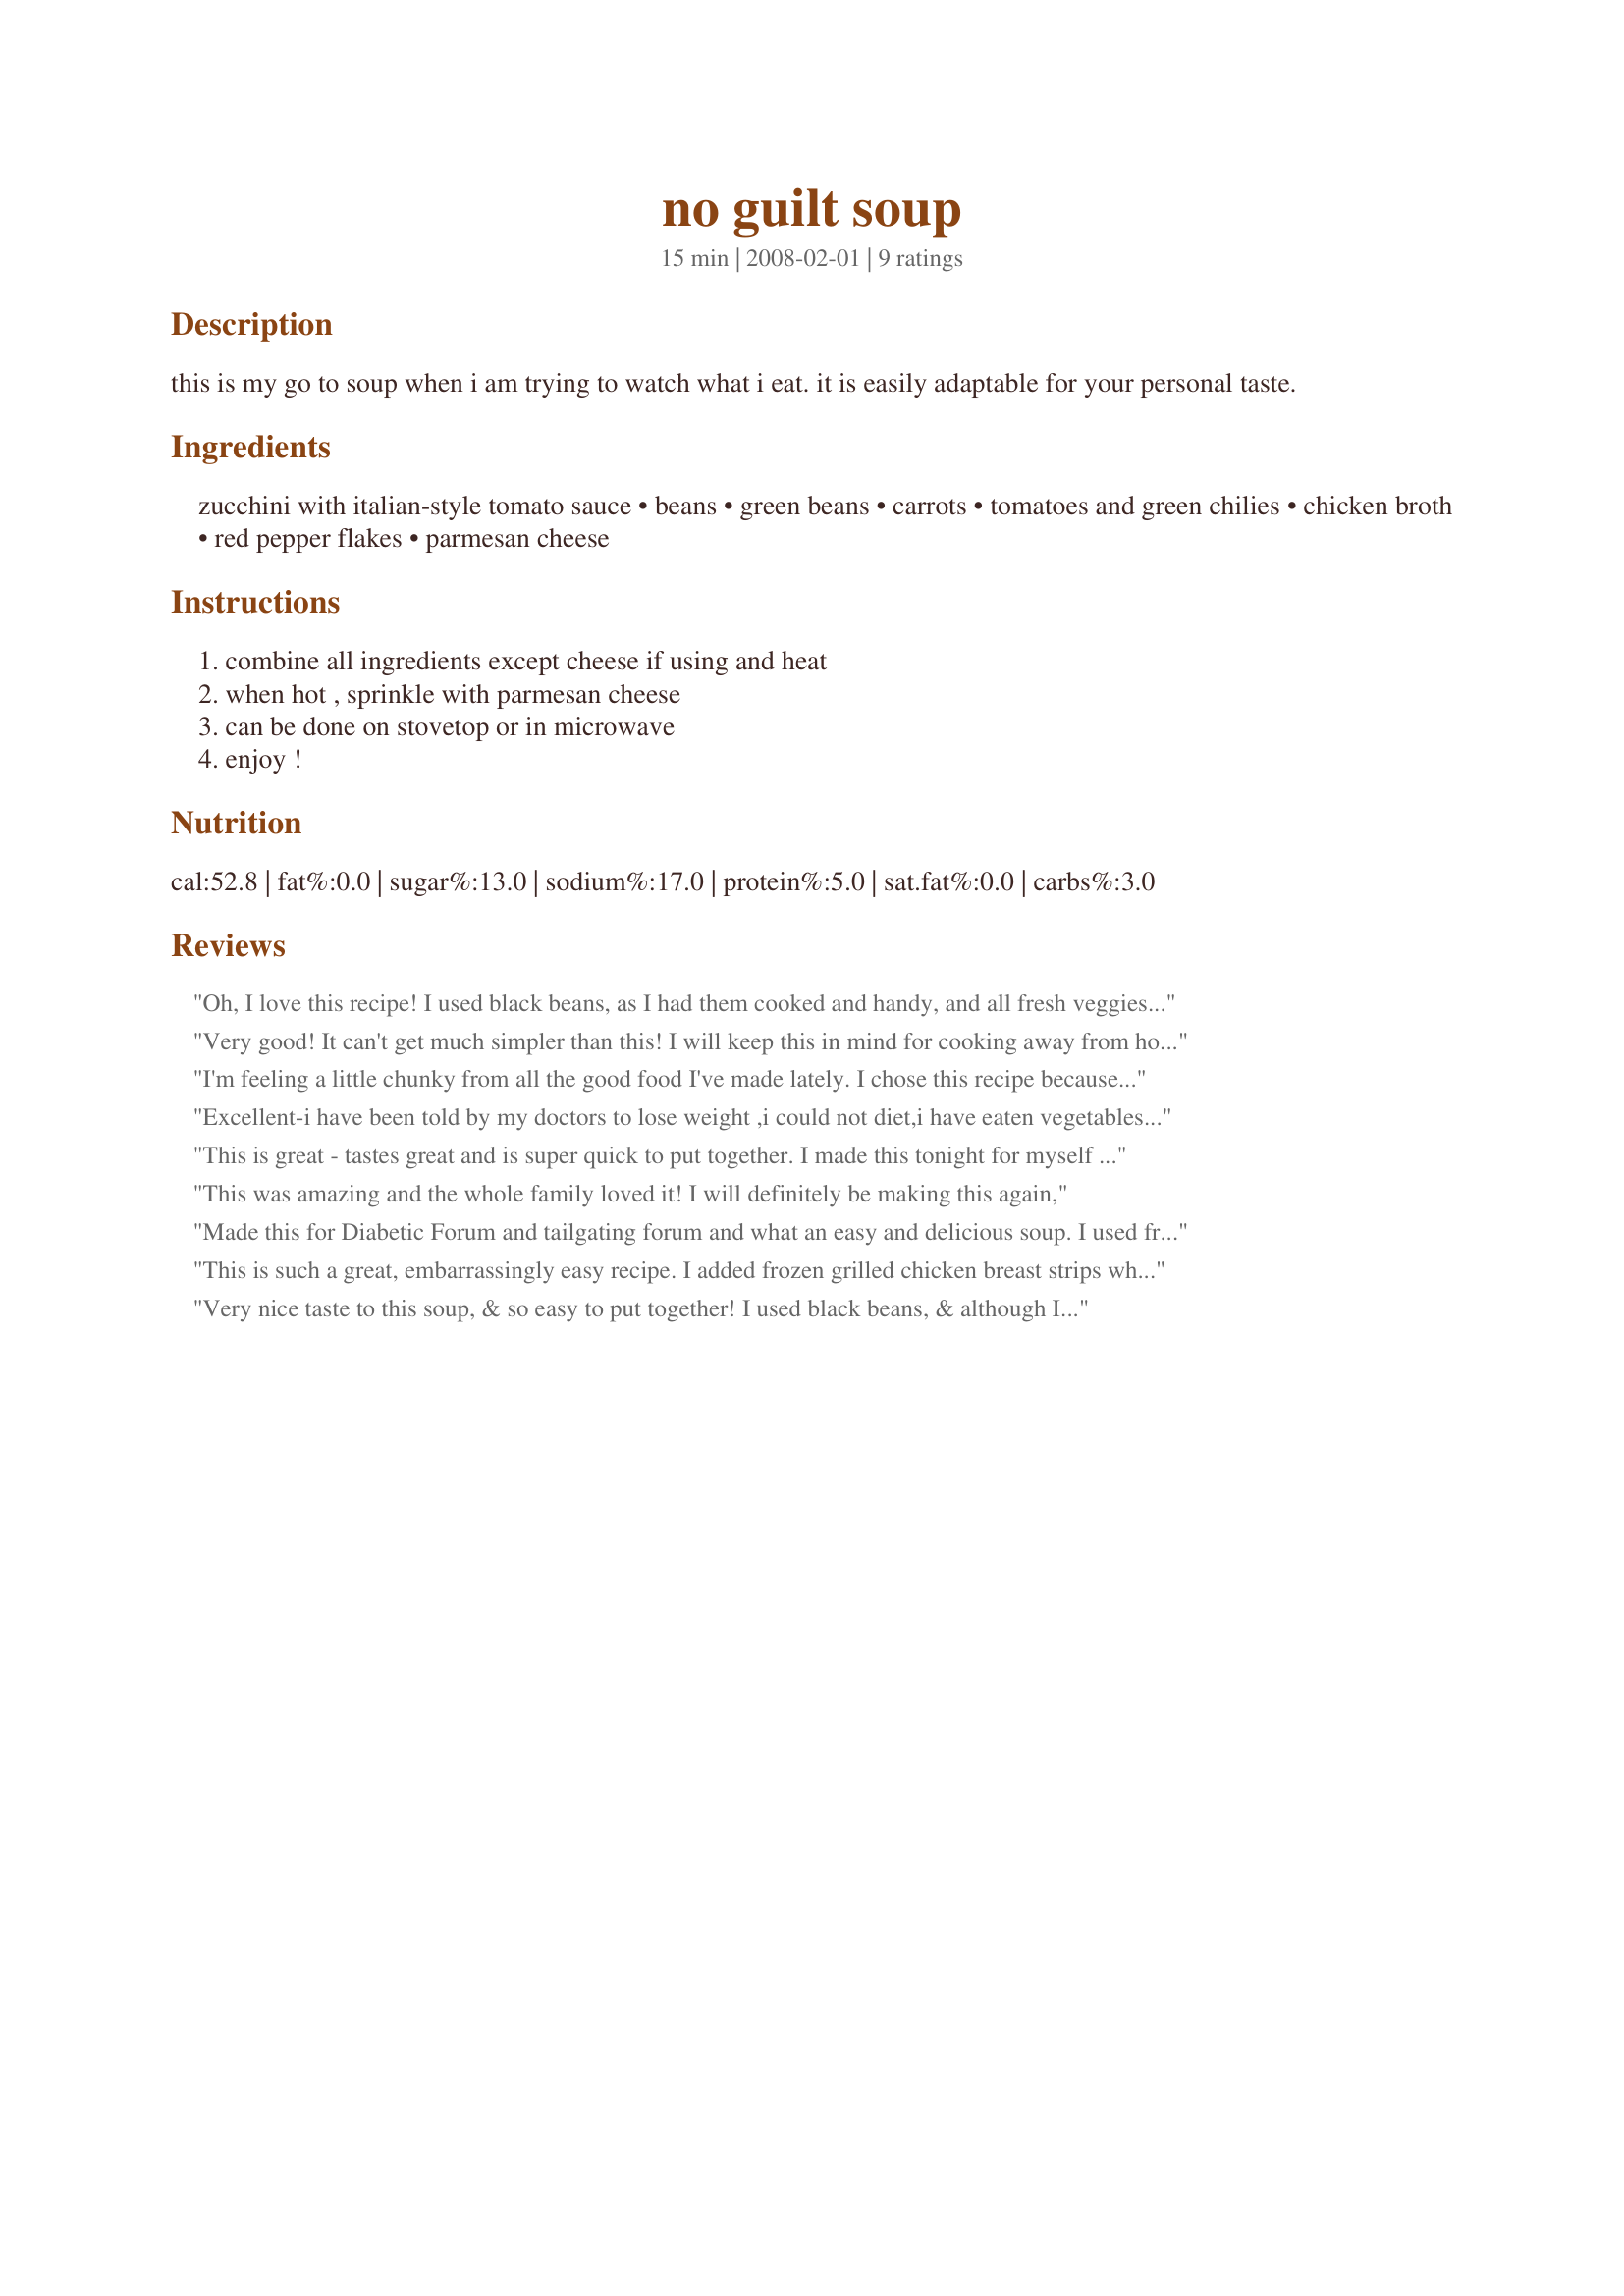
no guilt soup
Preparation time: 15 minutes

this is my go to soup when i am trying to watch what i eat. it is easily adaptable for your personal taste.

Ingredients:
zucchini with italian-style tomato sauce, beans, green beans, carrots, tomatoes and green chilies, chicken broth, red pepper flakes, parmesan cheese

Steps:
combine all ingredients except cheese if using and heat, when hot , sprinkle with parmesan cheese, can be done on stovetop or in microwave, enjoy !

Reviews:
Oh, I love this recipe! I used black beans, as I had them cooked and handy, and all fresh veggies except the tomatoes (I used a can of Rotel original spiced). I also added a teaspoon of summer savory near the end of cooking. Because I was using fresh veggies, I did have to simmer the carrots a little before adding the rest of the ingredients, but this was still something I threw together after getting home at 10pm and didn't feel guilty eating! This soup really lives up to it's name! :) Thanks for sharing the recipe, TLu! Made & enjoyed for the Topic of the Month Forum's Soup-Fest 2011 Tag Game.
Very good! It can't get much simpler than this! I will keep this in mind for cooking away from home; but at home, I'd rather steam fresh carrots and green beans, and probably cook up my own beans, too. It makes up about 9 cups of hearty soup.
I'm feeling a little chunky from all the good food I've made lately. I chose this recipe because of the low fat and health benefits. This soup tasted too good to be healthy. I love how easy it is to put together. Looking forward to eating more for lunch tomorrow. Thanks for posting. Made for PAC, Spring 2008
Excellent-i have been told by my doctors to lose weight ,i could not diet,i have eaten vegetables mostly last yr,saw this ,went immediately and made,was so good,actually put half in freezer for later.Thanks for sharing.
This is great - tastes great and is super quick to put together. I made this tonight for myself while making something else for the rest of the family and loved how quick and easy it was. I love spicy and this was! I'll be making this alot when what the rest of the family is eating is not helping my weight maitenance goals! Thanks so much for posting, TLu! Made and reviewed for PAC Spring 2008.
This was amazing and the whole family loved it! I will definitely be making this again,
Made this for Diabetic Forum and tailgating forum and what an easy and delicious soup. I used fresh vegetables (steaming the carrots, green beans and a diced potato first) then continuing with the recipe. I am sure using the can vegetables would make this go even quicker when making. Thank you for a delicious recipe.
This is such a great, embarrassingly easy recipe. I added frozen grilled chicken breast strips when heating, and it won rave reviews. I guess it serves 10 if you only eat a cup of it, but it really only served 4 of my bunch! I plan to keep the ingredients for this on hand at all times!
Very nice taste to this soup, & so easy to put together! I used black beans, & although I DO use canned items in my cooking, I opted to use fresh green beans & carrots, steaming them first & then chopping them! Thanks for sharing this KEEPER! [Made & reviewed for one of my adopted chefs in this Spring's PAC]
